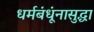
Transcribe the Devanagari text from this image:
धर्मबंधूंनासुद्धा